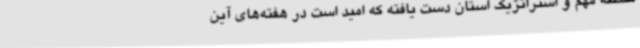
منطقه مهم و استراتژیک استان دست یافته که امید است در هفته‌های آین